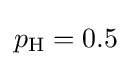
{\textstyle p_{\text{H}}=0.5}